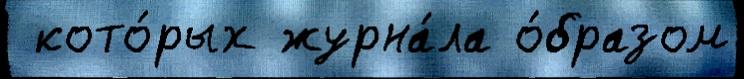
 кото́рых журна́ла о́бразом